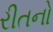
રીતનો